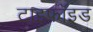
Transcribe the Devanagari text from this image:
टाइफॉइड